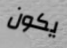
يكون